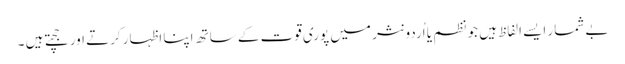
بے شمار ایسے الفاظ ہیں جو نظم یا اُردو نثر میں پوری قوت کے ساتھ اپنا اظہار کرتے اور جچتے ہیں ۔